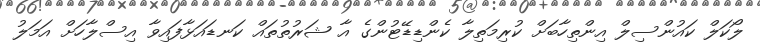
ލޯކަލް ކައުންސިލް އިންތިހާބަށް ކުރިމަތިލާ ކެންޑިޑޭޓުންގެ އާ ޝަރުތުތައް ކަނޑައަޅާފައިވާ އިސްލާހަށް އަމަލު